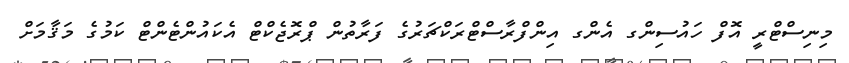
މިނިސްޓްރީ އޮފް ހައުސިންގ އެންގ އިންފްރާސްޓްރަކްޗަރުގެ ފަރާތުން ޕްރޮޖެކްޓް އެކައުންޓެންޓް ކަމުގެ މަޤާމަށް